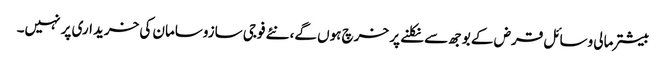
بیشتر مالی وسائل قرض کے بوجھ سے نکلنے پر خرچ ہوں گے، نئے فوجی سازوسامان کی خریداری پر نہیں۔